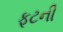
ફૂટની